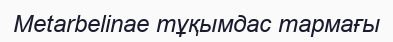
Metarbelinae тұқымдас тармағы